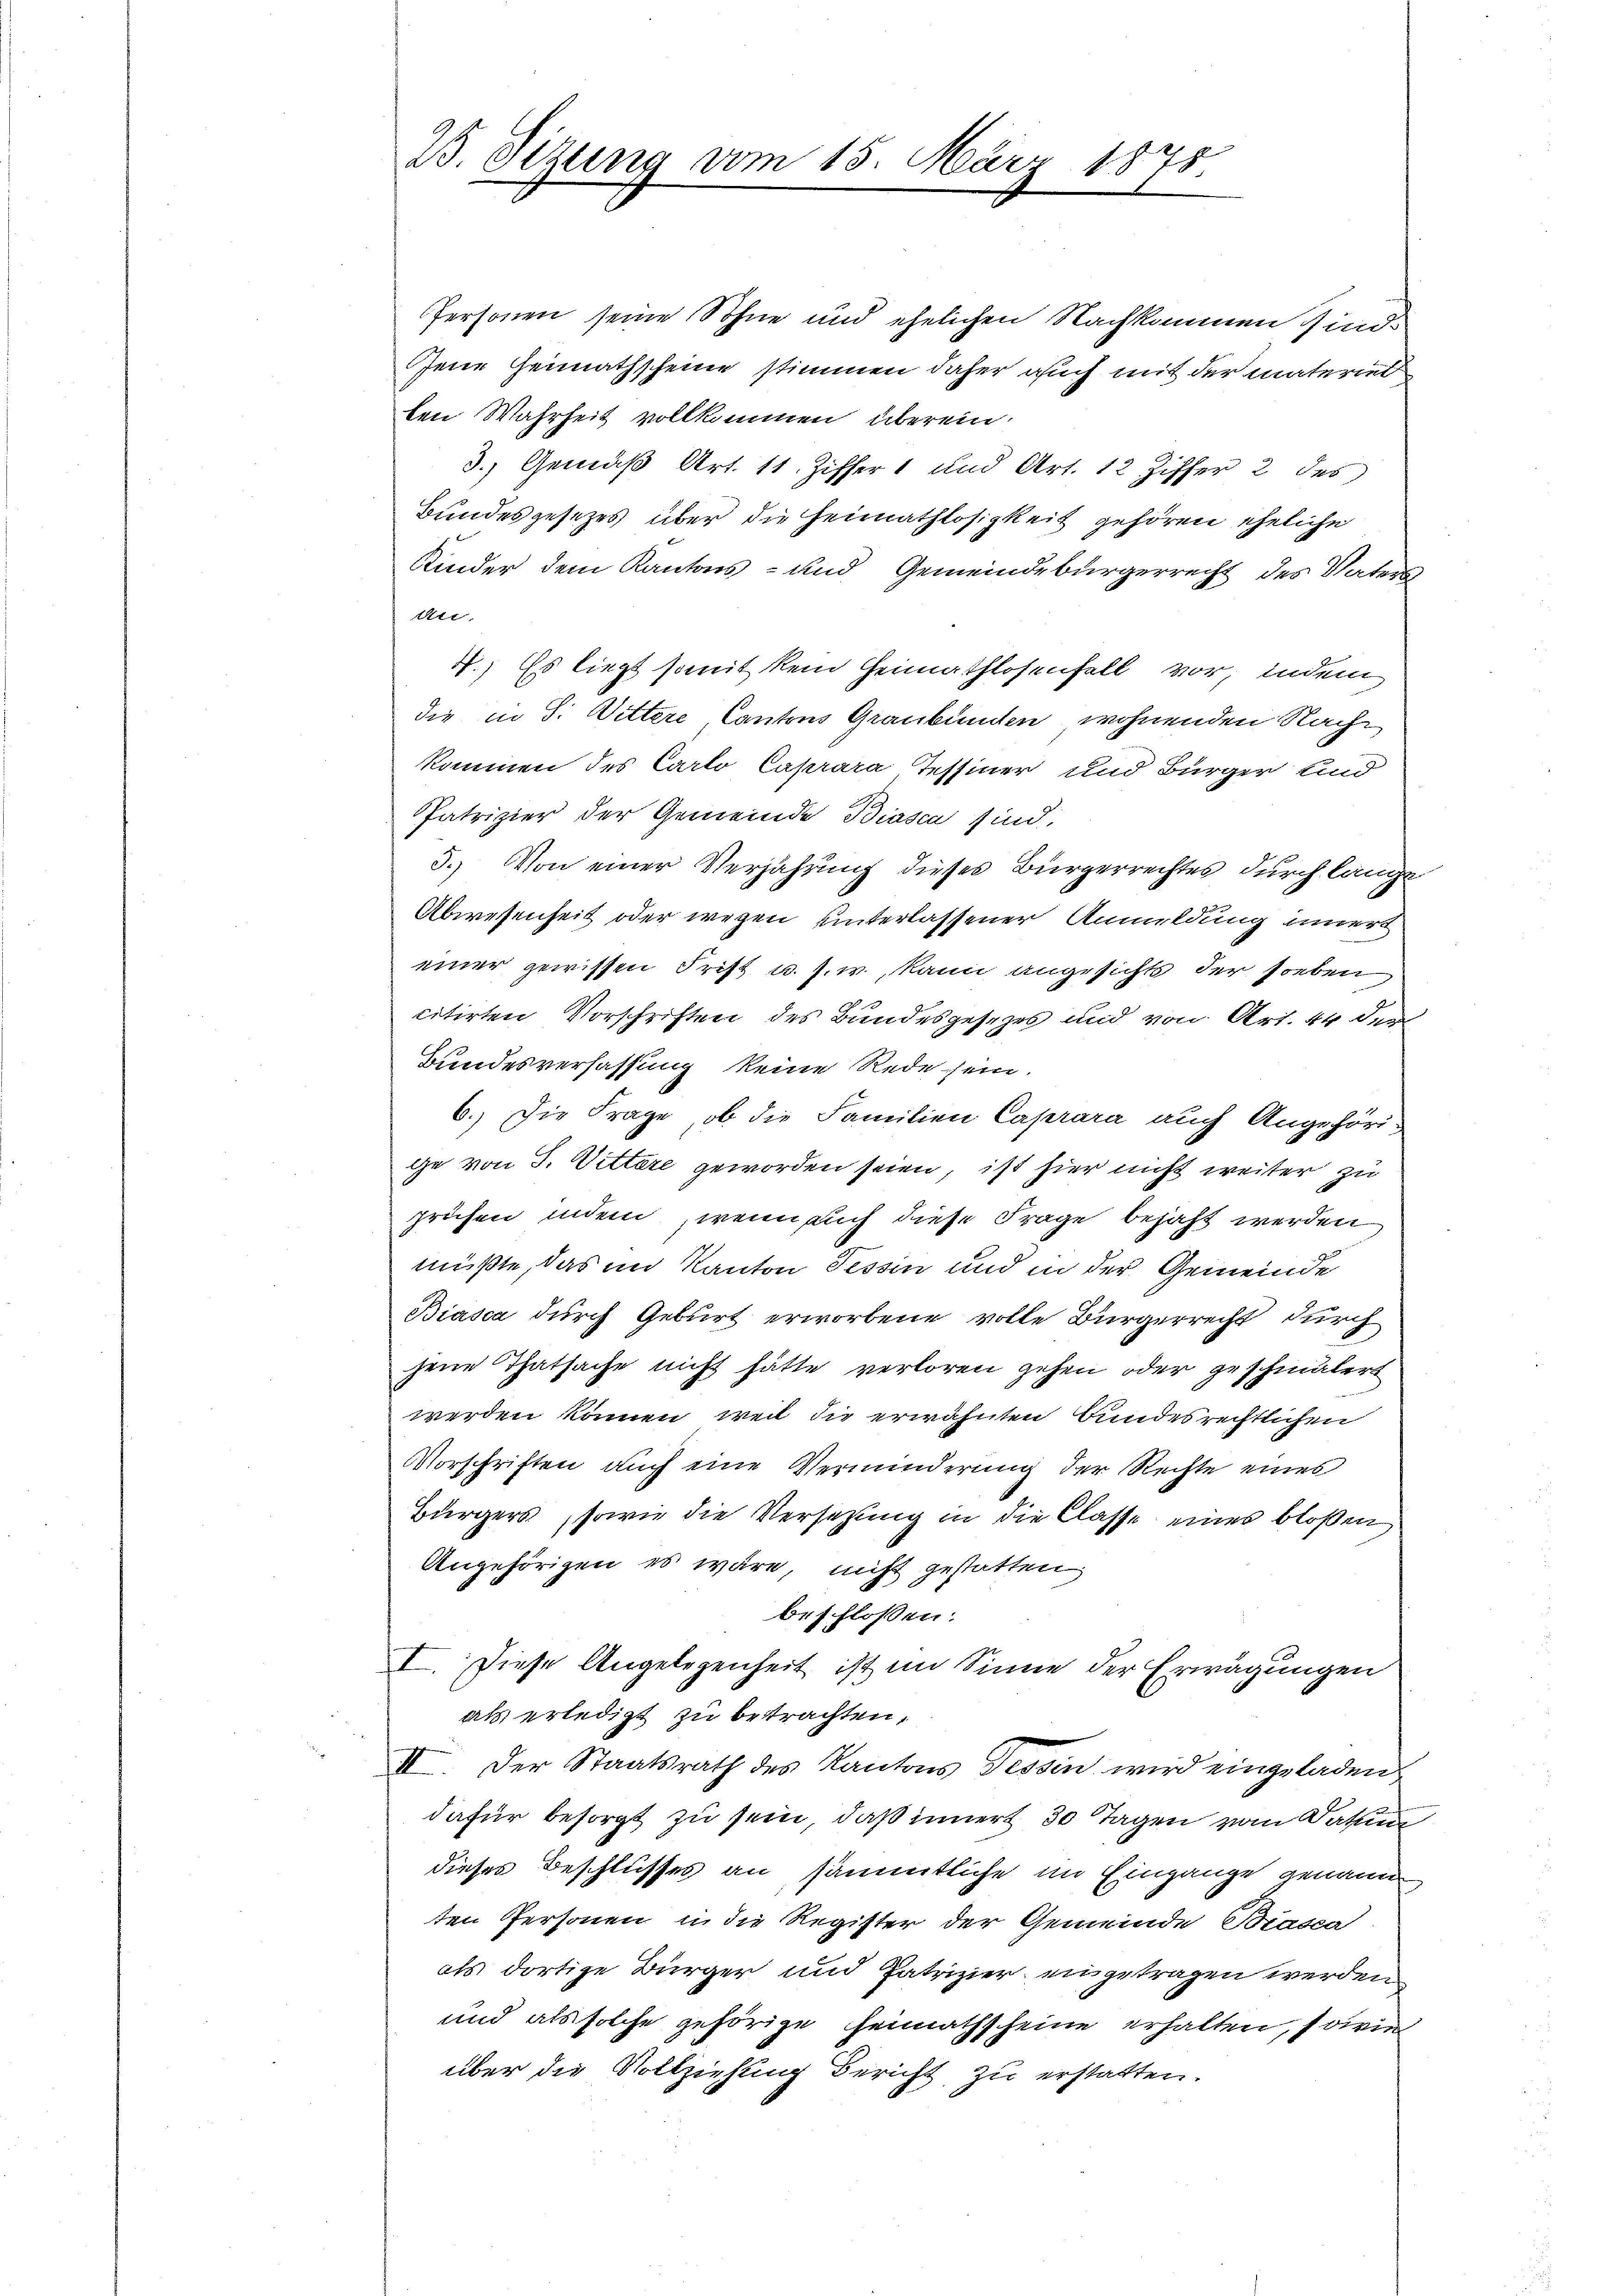
B. Sitzung vom 15. März 1875.

Personen seine Sohne und ehelichen Nachkommen sind
Jene Heimathscheine stimmen daher auch mit der materiet
ten Wahrheit vollkommen, überein.
3.) Gemäß Art. 11. Ziffer 1 und Art. 12 Ziffer 2 des
Bundesgesezes über die Heimathlosigkeit gehören eheliche
Kinder dem Kantons- und Gemeindebürgerrecht des Vaters
Uri,
4.) Es liegt somit kein Heimathlosenfell vor, indem
die in S. Wittere Cantons Graubünden wohnenden Nach
kommen des Carlo Caprara, Tessiner und Bürger Kind
Patrizier der Gemeinde Biasca sind.
3.) Von einer Verjährung dieses Bürgerrechtes durch länge
Abwesenheit oder wegen unterlassener Annuldung innert
einer gewissen Frist u. s. w., kann angesichts der soeben
citirten Vorschriften des Bundesgesetzes und von Art. 44 der
Bundesverfassung keine Rede sein.
6. Die Frage, ob die Familien Caprara auch Angehöri-
ge von J. Vettere geworden seien, ist hier nicht weiter zu
prüfen indem wenn auch diese Frage bejaht werden
müßte, das im Kanton Tessin und in der Gemeinde
Biasca durch Geburt erworbene volle Bürgerrecht durch
jene Thatsache nicht hätte verloren gehen oder geschmälert
werden können, weil die erwähnten Bundesrechtlichen
Vorschriften auch eine Verminderung der Rechte eines
Bürgers, sowie die Versetzung in die Classe eines bloßen
Angehörigen es wäre, nicht gestatten
beschlossen:
I. Diese Angelegenheit ist im Sinne der Erwägungen
als erledigt zu betrachten,
II. Der Staatsrath des Kantons Tessin wird eingeladen
dafür besorgt zu sein, daß innert 30 Tagen vom Datum
dieses Beschlusses an sämmtliche im Eingange genann
ten Personen in die Register der Gemeinde Brasse
als dortige Bürger und Patrizier eingetragen werden
und als solche gehörige Heimathscheine erhalten, sowie
über die Vollziehung Bericht zu erstatten.